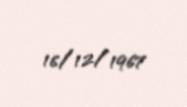
16/12/1967